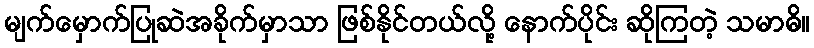
မျက်မှောက်ပြုဆဲအခိုက်မှာသာ ဖြစ်နိုင်တယ်လို့ နောက်ပိုင်း ဆိုကြတဲ့ သမာဓိ။